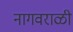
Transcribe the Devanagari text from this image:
नागवराळी